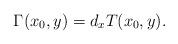
LaTeX: \begin{align*} \Gamma(x_0,y)=d_xT(x_0,y).\end{align*}